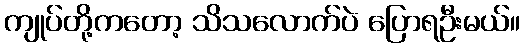
ကျုပ်တို့ကတော့ သိသလောက်ပဲ ပြောရဦးမယ်။